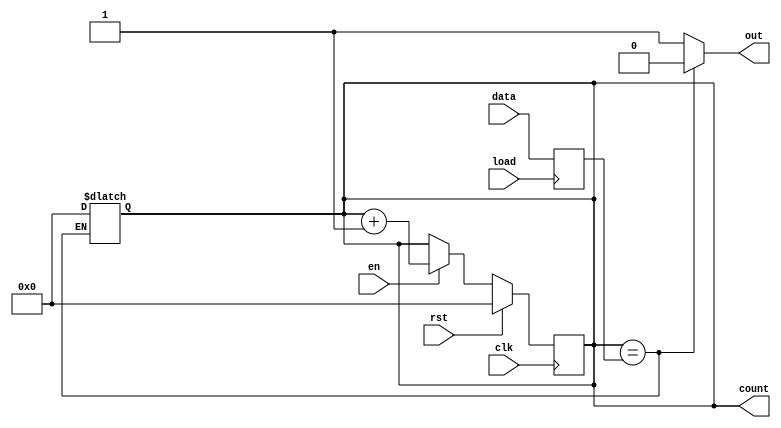
module counter_load (clk, rst, en, count, data, load, out);

   input clk, rst, en, load; 
   output out;
   output reg [3:0] count;
   input [3:0] data;
   reg [3:0] mem;
   
   always @(posedge clk)
      if (rst)
         count <= 4'd0;
      else if (en)
         count <= count + 4'd1;

   always @(out)
      if (count == mem) count <= 4'd0;


   always @(posedge load)
	 mem <= data;

   assign out = (count == mem)?1'b0:1'b1;

endmodule